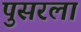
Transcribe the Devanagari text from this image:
पुसरला